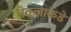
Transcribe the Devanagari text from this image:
नेतृत्वाकडे